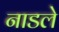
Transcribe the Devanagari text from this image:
नाडले